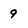
Character: 9